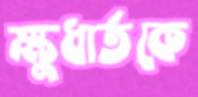
ক্ষুধার্তকে